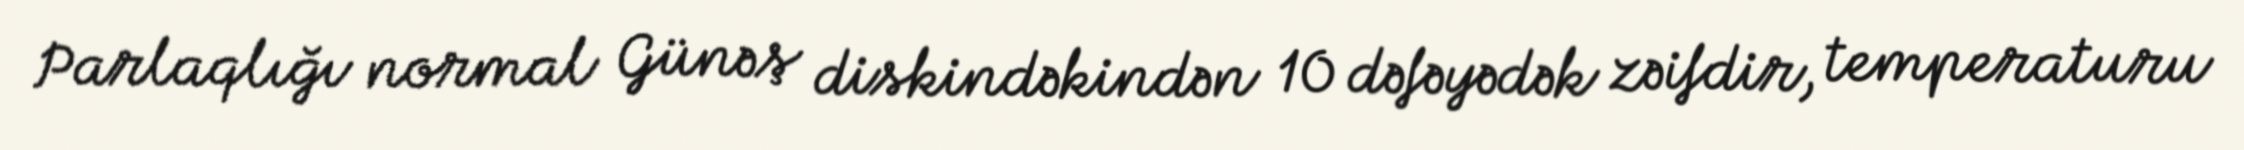
Parlaqlığı normal Günəş diskindəkindən 10 dəfəyədək zəifdir, temperaturu